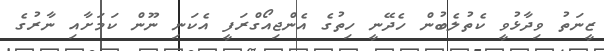
ޒީނަތު ވިދާޅުވީ ކެތުލެބުން ހެދޭނީ ހިތުގެ އެންޖިއޯގްރަފީ އެކަނި ނޫން ކަމަށާއި ނާރުގެ